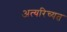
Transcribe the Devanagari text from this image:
अत्यरिच्यत